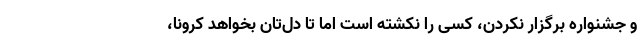
و جشنواره برگزار نکردن، کسی را نکشته است اما تا دل‌تان بخواهد کرونا،